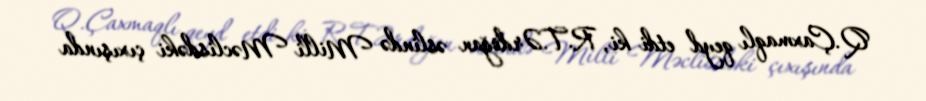
Q.Çaxmaqlı qeyd etdi ki, R.T.Ərdoğan əslində Milli Məclisdəki çıxışında